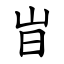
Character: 㞱